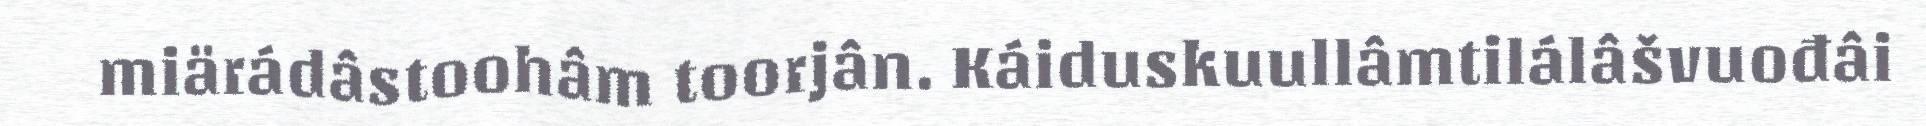
miärádâstoohâm toorjân. Káiduskuullâmtilálâšvuođâi